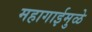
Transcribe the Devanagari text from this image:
महागाईमुळे